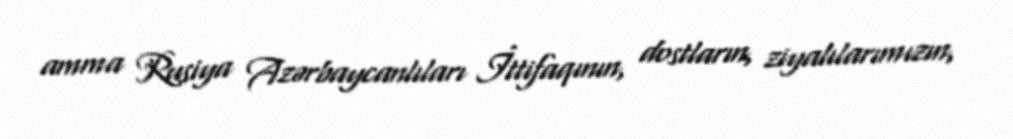
amma Rusiya Azərbaycanlıları İttifaqının, dostların, ziyalılarımızın,